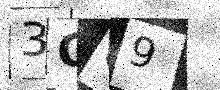
Text: 3C09